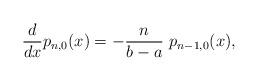
LaTeX: \begin{align*}\frac{d}{dx}p_{n,0}(x )= - \frac{n}{b - a} \ p_{n-1,0} (x), \end{align*}